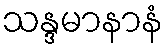
သန္ဒမာနာနံ